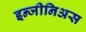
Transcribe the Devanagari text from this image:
इन्जीनिअस